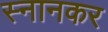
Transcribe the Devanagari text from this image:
स्नानकर